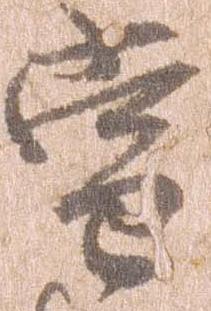
当